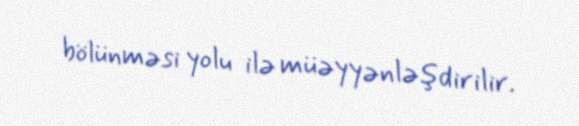
bölünməsi yolu ilə müəyyənləşdirilir.